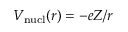
V _ { \mathrm { n u c l } } ( r ) = - e Z / r